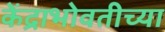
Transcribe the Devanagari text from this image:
केंद्राभोवतीच्या